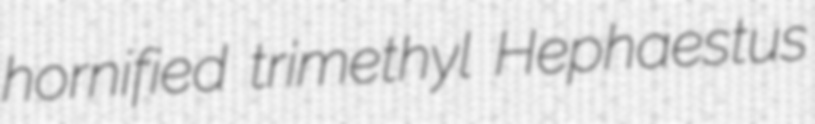
hornified trimethyl Hephaestus